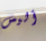
أليس